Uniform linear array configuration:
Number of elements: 24
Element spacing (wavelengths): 0.25
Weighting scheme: binomial
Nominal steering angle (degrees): -45
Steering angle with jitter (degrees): -46.952
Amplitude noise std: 0.05
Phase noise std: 0.05

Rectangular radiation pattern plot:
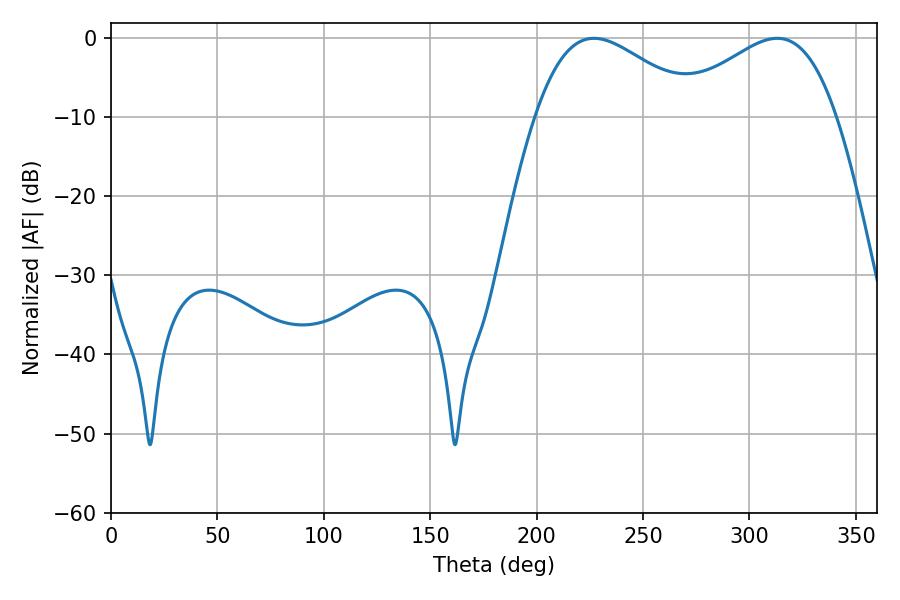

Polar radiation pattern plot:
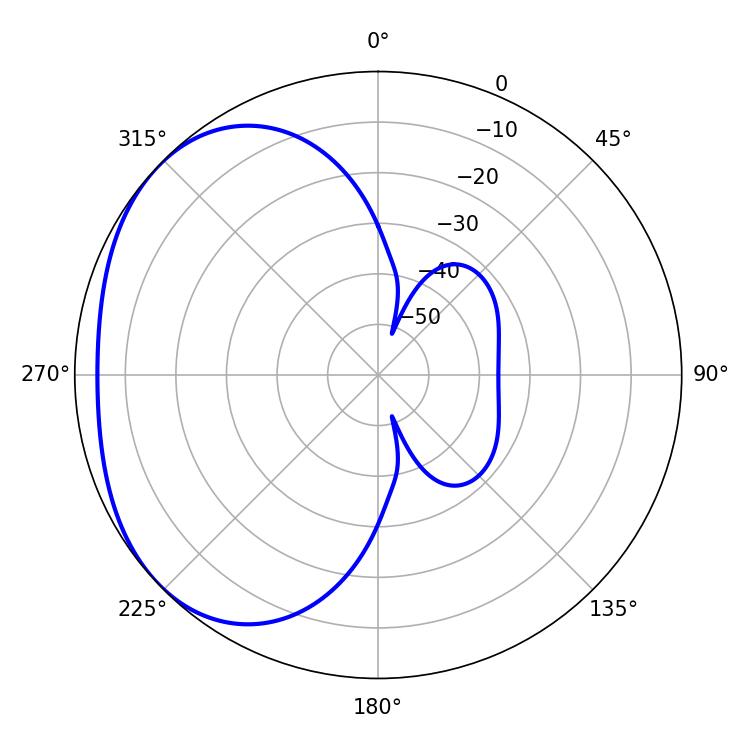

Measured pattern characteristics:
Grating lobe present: FALSE
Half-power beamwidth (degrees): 41.22
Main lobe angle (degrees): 313.02